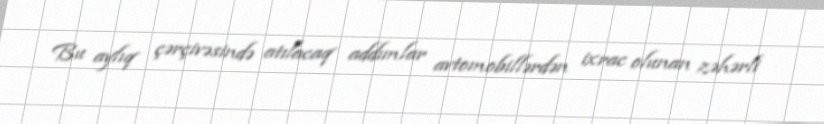
Bu aylıq çərçivəsində atılacaq addımlar avtomobillərdən ixrac olunan zəhərli